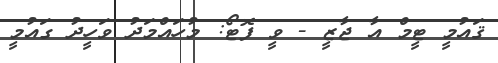
ޤައުމީ ޓީމް އާ ޖާޒީ - ވީ ފޮޓޯ: މުހައްމަދު ވަހީދު ގައުމީ